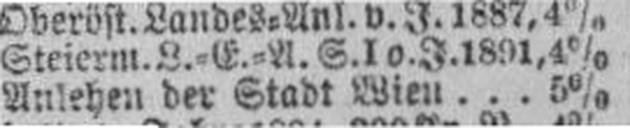
Anlehen der Stadt Wien . . . 5%